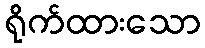
ရိုက်ထားသော